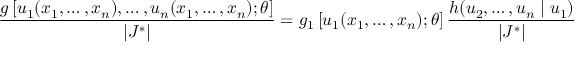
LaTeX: { \frac { g \left[ u _ { 1 } ( x _ { 1 } , \dots , x _ { n } ) , \dots , u _ { n } ( x _ { 1 } , \dots , x _ { n } ) ; \theta \right] } { | J ^ { * } | } } = g _ { 1 } \left[ u _ { 1 } ( x _ { 1 } , \dots , x _ { n } ) ; \theta \right] { \frac { h ( u _ { 2 } , \dots , u _ { n } \mid u _ { 1 } ) } { | J ^ { * } | } }